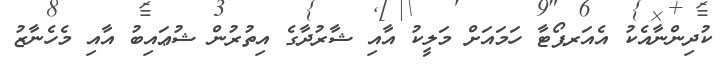
ކުދިންނާއެކު އެއަރޕޯޓާ ހަމައަށް މަލީކު އާއި ޝާރުދާގެ އިތުރުން ޝުޢައިބު އާއި މެހެނާޒު